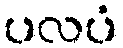
ပလပံ